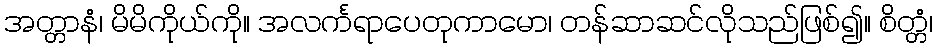
အတ္တာနံ၊ မိမိကိုယ်ကို။ အလင်္ကရာပေတုကာမော၊ တန်ဆာဆင်လိုသည်ဖြစ်၍။ စိတ္တံ၊